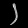
Digit: ၂